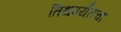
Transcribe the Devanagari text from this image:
तिथपर्यंतचा